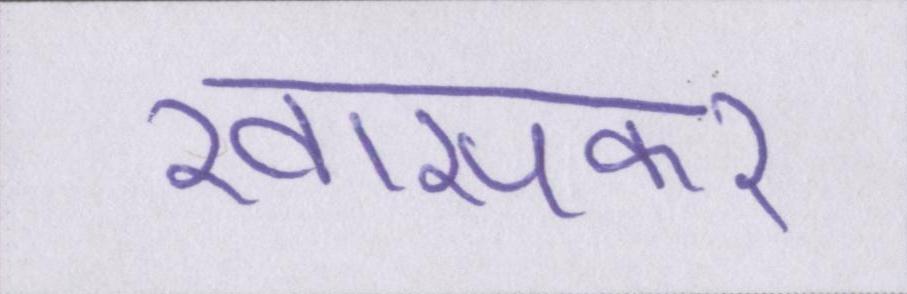
खासकर